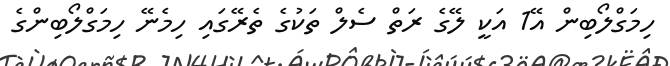
ހިމަގްލޯބިން އޭ1 އަކީ ލޭގެ ރަތް ސެލް ތަކުގެ ތެރޭގައި ހިމެނޭ ހިމަގްލޯބިންގެ